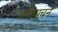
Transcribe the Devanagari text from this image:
अधिसूचने